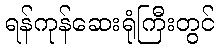
ရန်ကုန်ဆေးရုံကြီးတွင်